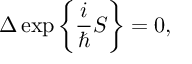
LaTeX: \Delta \exp \bigg \{ \frac { i } { \hbar } S \bigg \} = 0 ,